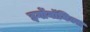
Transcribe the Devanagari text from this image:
इर्गोनॉमिक्स